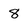
Character: 8